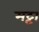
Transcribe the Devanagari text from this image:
मट्टा